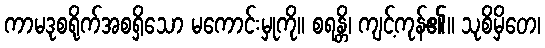
ကာမဒုစရိုက်အစရှိသော မကောင်းမှုကို။ စရန္တိ၊ ကျင့်ကုန်၏။ သုစိမှိတေ၊